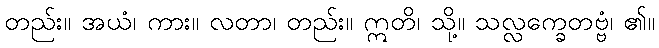
တည်း။ အယံ၊ ကား။ လတာ၊ တည်း။ ဣတိ၊ သို့။ သလ္လက္ခေတဗ္ဗံ၊ ၏။